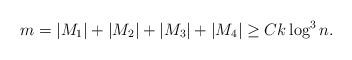
LaTeX: \begin{align*} m = |M_1|+ |M_2|+ |M_3|+ |M_4| \geq Ck\log^3 n.\end{align*}